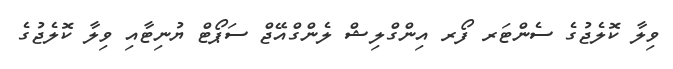
ވިލާ ކޮލެޖުގެ ސެންޓަރ ފޯރ އިންގްލިޝް ލެންގްއޭޖް ސަޕޯޓް ޔުނިޓާއި ވިލާ ކޮލެޖުގެ